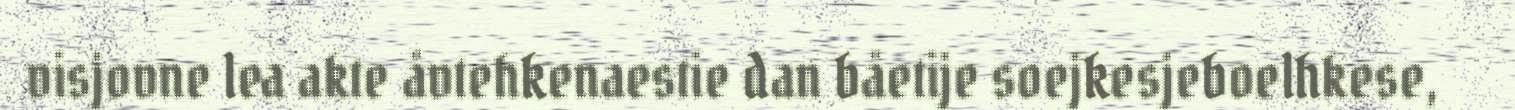
visjovne lea akte åvtehkenaestie dan båetije soejkesjeboelhkese,